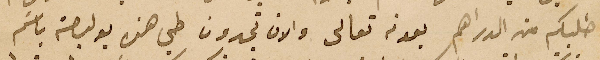
طلبكم من الدراهم بعونه تعالى والان تجدون طي هذه بوليصة باسَم